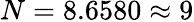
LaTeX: N=8.6580\approx{9}